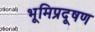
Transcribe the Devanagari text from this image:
भूमिप्रदूषण